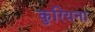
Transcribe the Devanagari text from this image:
कुरियना